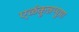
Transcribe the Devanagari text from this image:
एळंकुन्नप्पुष़ा